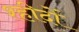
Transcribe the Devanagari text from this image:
श्हीदों